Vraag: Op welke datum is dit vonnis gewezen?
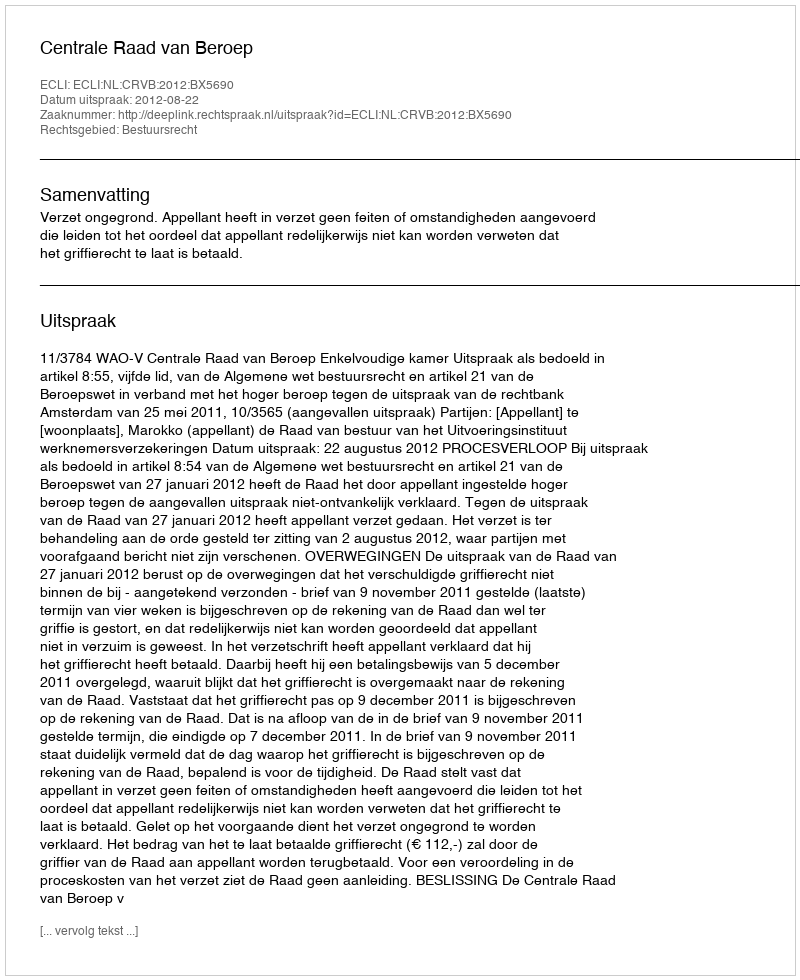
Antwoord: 2012-08-22